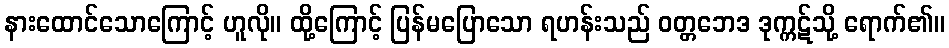
နားထောင်သောကြောင့် ဟူလို။ ထို့ကြောင့် ပြန်မပြောသော ရဟန်းသည် ဝတ္တဘေဒ ဒုက္ကဋ်သို့ ရောက်၏။